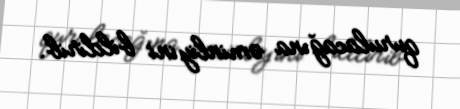
qurulacağına əminliyini bildirib.